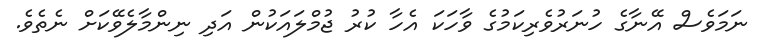
ނަމަވެސް އޭނާގެ ހުނަރުވެރިކަމުގެ ވާހަކަ އެހާ ކުރު ޖުމްލައަކުން އަދި ނިންމާލެވޭކަށް ނެތެވެ.